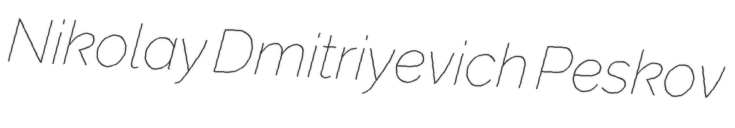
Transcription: Nikolay Dmitriyevich Peskov